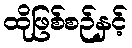
ထိုဖြစ်စဉ်နှင့်